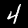
Label: 4